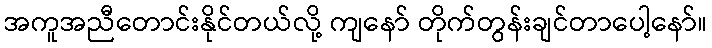
အကူအညီတောင်းနိုင်တယ်လို့ ကျနော် တိုက်တွန်းချင်တာပေါ့နော်။